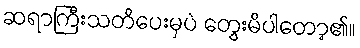
ဆရာကြီးသတိပေးမှပဲ တွေးမိပါတော့၏။